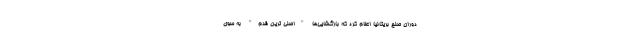
دوران صلح بریتانیا اعلام کرد که بازگشایی‌ها "اصلی ترین قدم" به سوی